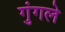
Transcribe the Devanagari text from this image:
गुंगले